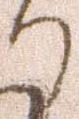
り